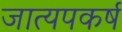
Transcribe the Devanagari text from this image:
जात्यपकर्ष